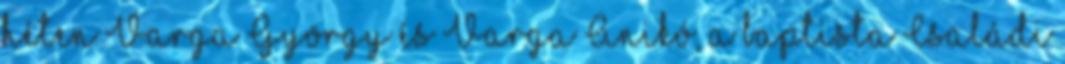
héten Varga György és Varga Anikó, a baptista Családi